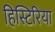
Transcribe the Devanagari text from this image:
हिस्टिरिया